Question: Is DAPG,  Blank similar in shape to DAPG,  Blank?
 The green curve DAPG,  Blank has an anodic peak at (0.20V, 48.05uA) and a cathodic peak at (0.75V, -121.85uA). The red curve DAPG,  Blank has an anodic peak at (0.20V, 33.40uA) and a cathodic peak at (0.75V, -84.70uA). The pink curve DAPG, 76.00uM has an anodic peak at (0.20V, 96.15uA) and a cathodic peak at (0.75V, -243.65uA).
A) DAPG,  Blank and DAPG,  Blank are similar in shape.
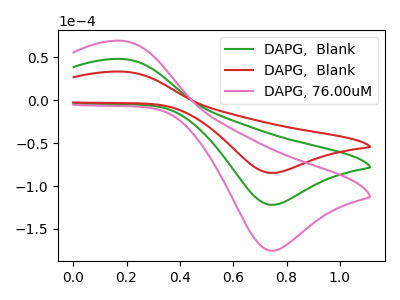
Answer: <think>All the peaks in "DAPG,  Blank" have a peak in "DAPG,  Blank" at the same potential. Every peak in "DAPG,  Blank" is lower than every peak in "DAPG,  Blank".
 </think>
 <answer>A) "DAPG,  Blank" and "DAPG,  Blank" are similar in shape.</answer>
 <eval>A</eval>